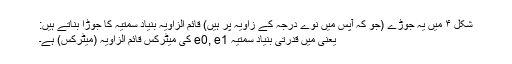
شکل ۴ میں یہ جوڑے (جو کہ آپس میں نوے درجہ کے زاویہ پر ہیں) قائم الزاویہ بنیاد سمتیہ کا جوڑا بناتے ہیں:
یعنی میں قدرتی بنیاد سمتیہ e0, e1 کی میٹرکس قائم الزاویہ (میٹرکس) ہے۔